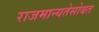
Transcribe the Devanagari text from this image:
राजमान्यतेसोबत